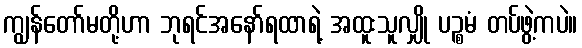
ကျွန်တော်မတို့ဟာ ဘုရင်အနော်ရထာရဲ့ အထူးသူလျှို ပဉ္စမံ တပ်ဖွဲ့ကပဲ။